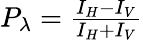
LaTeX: \begin{array}{r}{P_{\lambda}=\frac{I_{H}-I_{V}}{I_{H}+I_{V}}}\end{array}